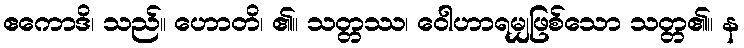
ဧကောဒိ၊ သည်။ ဟောတိ၊ ၏။ သတ္တဿ၊ ဝေါဟာရမျှဖြစ်သော သတ္တ၏။ န